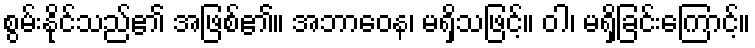
စွမ်းနိုင်သည်၏ အဖြစ်၏။ အဘာဝေန၊ မရှိသဖြင့်။ ဝါ၊ မရှိခြင်းကြောင့်။